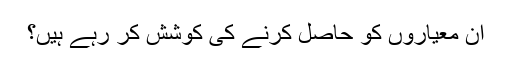
اُن معیاروں کو حاصل کرنے کی کوشش کر رہے ہیں؟